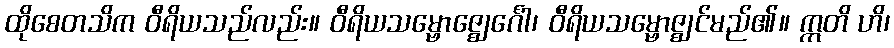
ထိုစေတသိက ဝီရိယသည်လည်း။ ဝီရိယသမ္ဗောဇ္ဈေင်္ဂေါ၊ ဝီရိယသမ္ဗောဇ္ဈင်မည်၏။ ဣတိ ဟိ၊